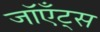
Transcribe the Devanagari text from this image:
जॉएँट्स